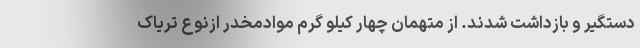
دستگیر و بازداشت شدند. از متهمان چهار کیلو گرم موادمخدر ازنوع تریاک